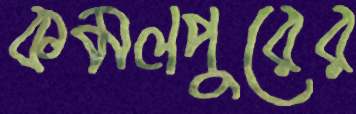
কমলপুরের